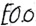
Text: E0.0